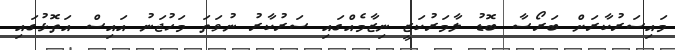
މައިސަރުކާރަށް ބަރޯސާ ބޮޑު ލާމަރުކަޒީ ނިޒާމެއްގައި ސަރުކާރު ނުވަތަ މަހުޖަނު އައިސް އަތޮޅުގައި